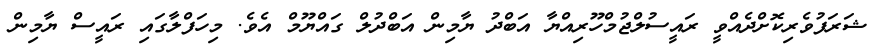
ޝަރަފުވެރިކޮށްދެއްވީ ރައީސުލްޖުމްހޫރިއްޔާ އަބްދު ޔާމިން އަބްދުލް ގައްޔޫމް އެވެ. މިހަފްލާގައި ރައީސް ޔާމިން